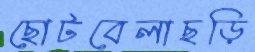
ছোটবেলাছড়ি